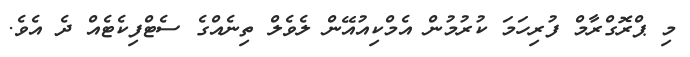
މި ޕްރޮގްރާމް ފުރިހަމަ ކުރުމުން އެމްކިއުއޭން ލެވެލް ތިނެއްގެ ސެޓްފިކެޓެއް ދެ އެވެ.